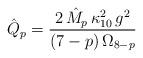
LaTeX: \begin{align*}\hat{Q}_p=\frac{2\,\hat{M}_p\,\kappa_{10}^2\,g^2}{(7-p)\,\Omega_{8-p}}\end{align*}